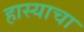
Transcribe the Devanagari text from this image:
हास्याचा